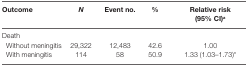
| Outcome | N | Event no. | % | Relative risk (95% CI)a |
 | --- | --- | --- | --- | --- |
 | <COLSPAN=5> Death |
 | Without meningitis | 29,322 | 12,483 | 42.6 | 1.00 |
 | With meningitis | 114 | 58 | 50.9 | 1.33 (1.03–1.73)* |